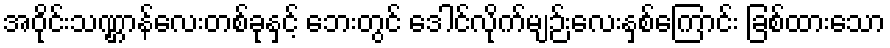
အဝိုင်းသဏ္ဌာန်လေးတစ်ခုနှင့် ဘေးတွင် ဒေါင်လိုက်မျဉ်းလေးနှစ်ကြောင်း ခြစ်ထားသော